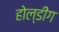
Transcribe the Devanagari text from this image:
होल्डींग